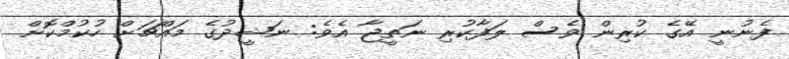
ފެނުނީ އޭގެ ކުރިން ވެސް ލަފާކުރި ނަތީޖާ އެވެ: ނަޝީދުގެ މައްޗަށް ހުކުމްކޮށް